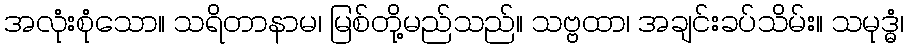
အလုံးစုံသော။ သရိတာနာမ၊ မြစ်တို့မည်သည်။ သဗ္ဗထာ၊ အချင်းခပ်သိမ်း။ သမုဒ္ဓံ၊